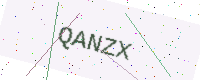
Text: QANZX